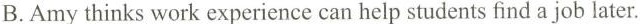
B.Amythinks work experience can help students find a job later